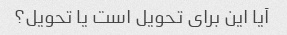
آیا این برای تحویل است یا تحویل؟